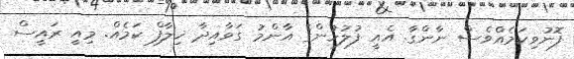
ފޮނުވިކަމެއްވެސް ނާންގާ. އެއީ ފުލުހުންގެ އާންމު ގަވާއިދާ ޚިލާފް ކަމެއް. މިއީ ރައީސް